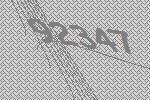
92347